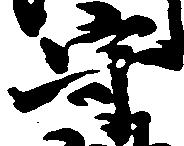
守